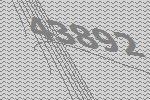
43892